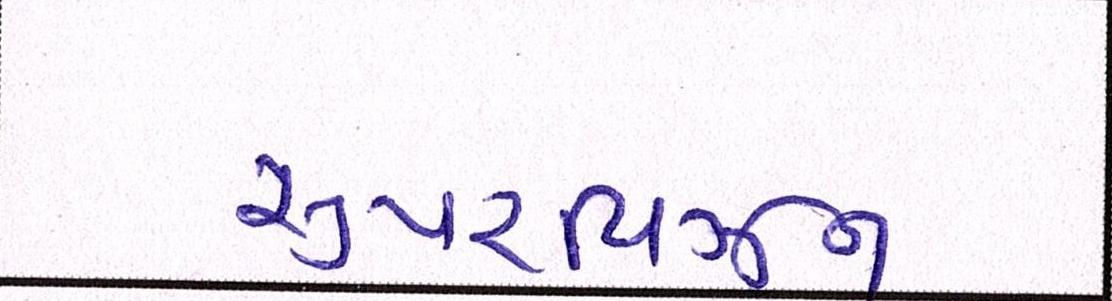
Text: સુપરવિઝન